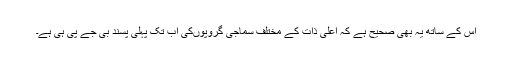
اس کے ساتھ یہ بھی صحیح ہے کہ اعلیٰ ذات کے مختلف سماجی گروپوںکی اب تک پہلی پسند بی جے پی ہی ہے۔